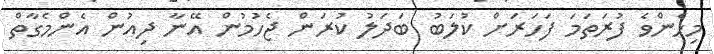
މިހެންވެ ފުރަތަމަ ފަހަރަށް ކުލަބު ބަދަލު ކުރަން ޖެހުމުން އޭނާ ދިއުން އެންމެގާތް